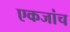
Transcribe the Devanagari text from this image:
एकजांच